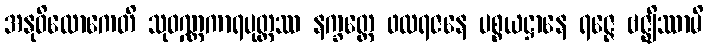
အနုဝိလောကေတိ သုဝဏ္ဏကာရပုတ္တဿ နက္ခတ္တေ ဖလရဇနေ ပစ္စယဋ္ဌာနေ ရဇ္ဇေ ဗဇ္ဈိဿာမိ